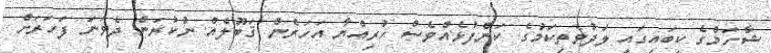
ޝާހަމްގެ ކިބައިގައި ލަދުވެތިކަމުގެ ކަންފުޅެއްވެސް ހުރިއްޔާ އަހަރެން ޤަބޫލެއް ނުކުރަން ދެވަނަ ފަހަރަށް